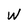
Character: W